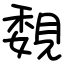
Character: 覣